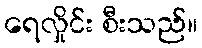
ရေလှိုင်း စီးသည်။